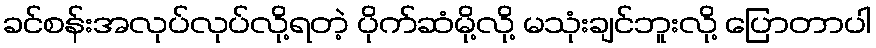
ခင်စန်းအလုပ်လုပ်လို့ရတဲ့ ပိုက်ဆံမို့လို့ မသုံးချင်ဘူးလို့ ပြောတာပါ